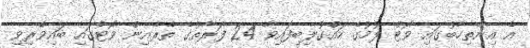
އެ އިންތިހާބުގައި ވޯޓް ލުމުގެ ހައްގުލިބިފައިވާ 24 ފަރާތުގެ ތެރެއިން ވޯޓުގައި ބައިވެރިވި